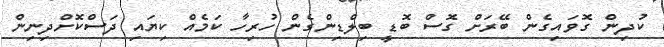
ކުދިން ގޮވައިގެން ބޭރަށް ގޮސް ބޮޑީ ބިލްޑިންގެން ހުރިހާ ކަމެއް ކިޔައި ދަސްކޮށްދިނިން